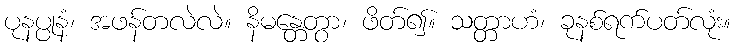
ပုနပ္ပုနံ၊ အဖန်တလဲလဲ။ နိမန္တေတွာ၊ ဖိတ်၍။ သတ္တာဟံ၊ ခုနစ်ရက်ပတ်လုံး။